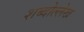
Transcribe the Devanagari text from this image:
शब्दोल्लेख